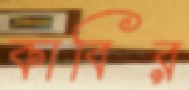
কাবির